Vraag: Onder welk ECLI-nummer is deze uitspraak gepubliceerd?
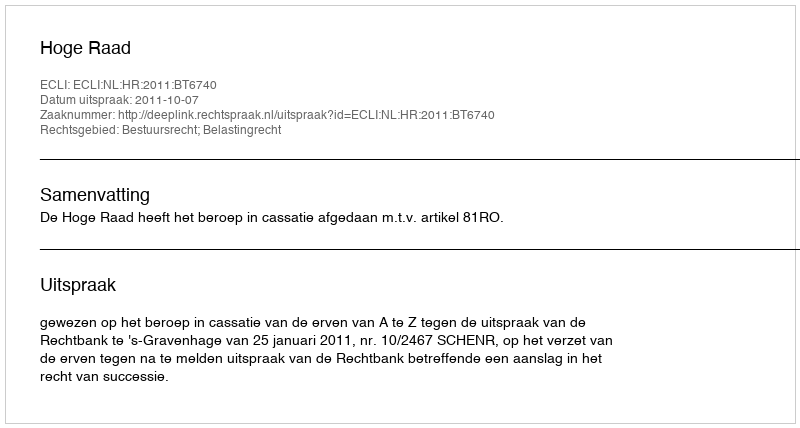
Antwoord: ECLI:NL:HR:2011:BT6740